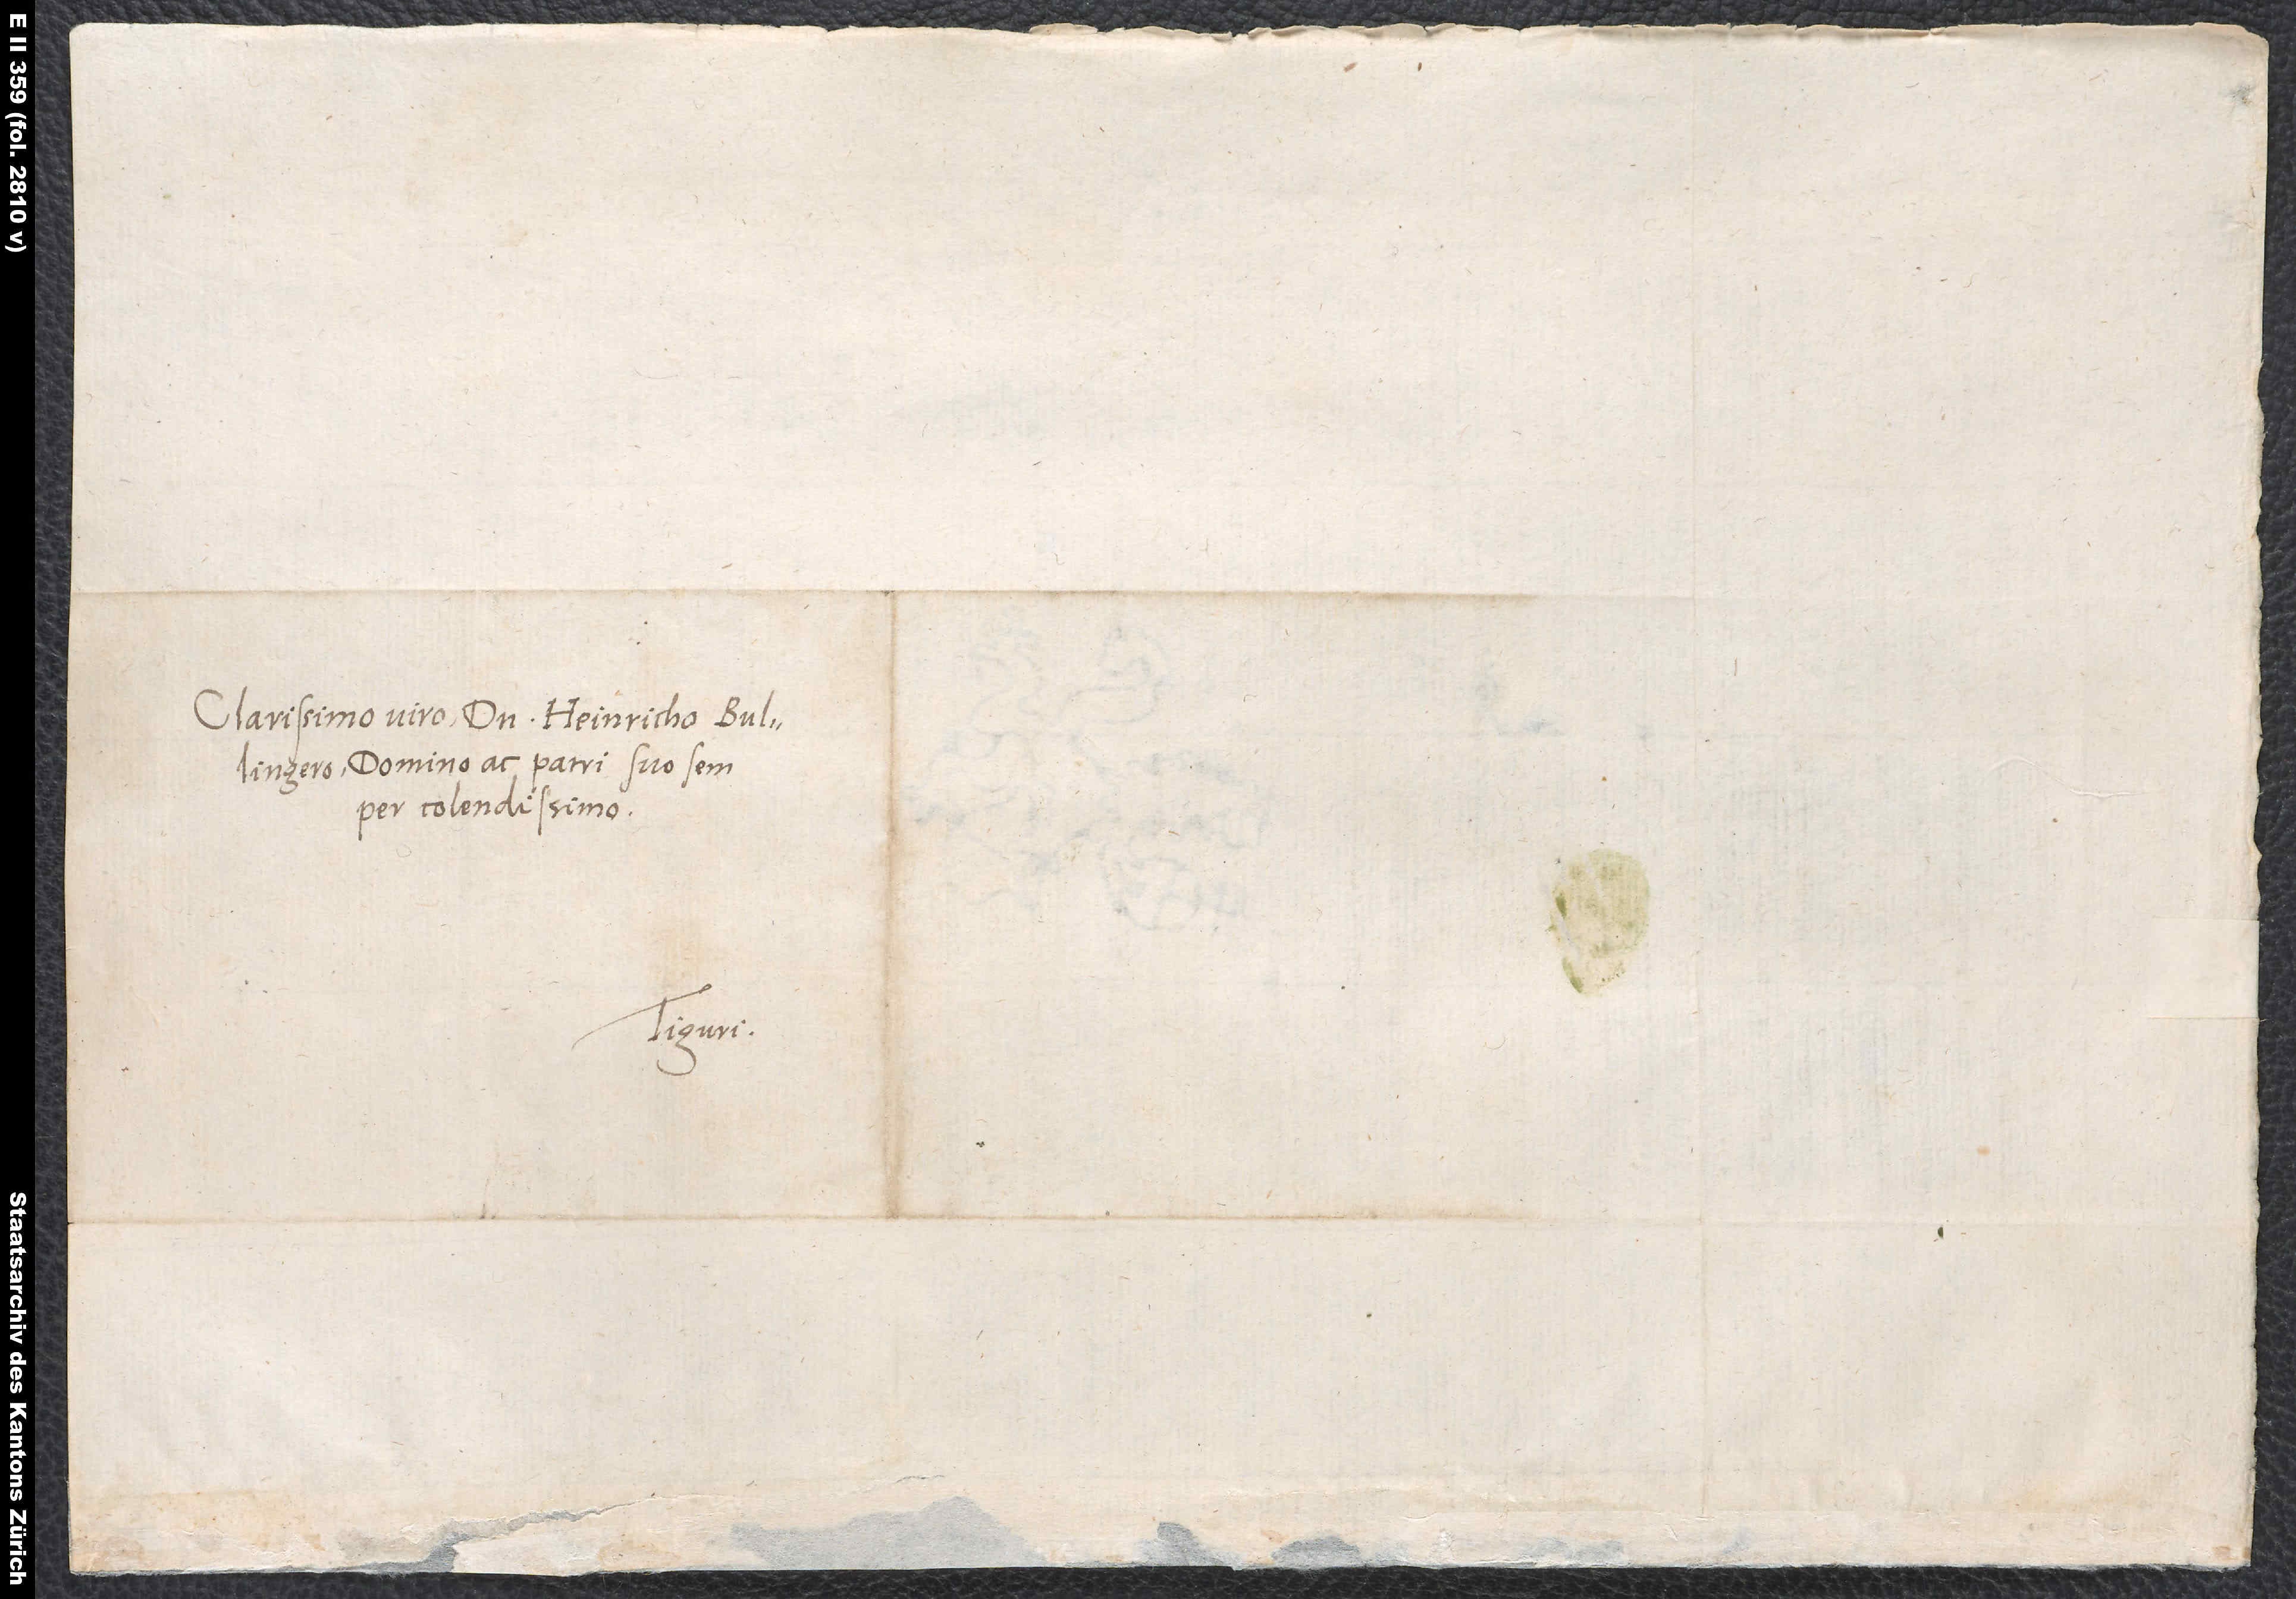
Clarissimo viro domino Heinricho Bullingero,
domino ac patri suo semper
colendissimo.
Tiguri.